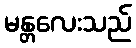
မန္တလေးသည်